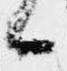
候